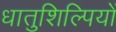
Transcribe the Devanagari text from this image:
धातुशिल्पियों